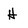
Character: H